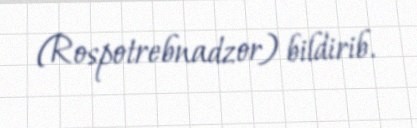
(Rospotrebnadzor) bildirib.